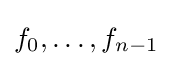
f_{0},\ldots ,f_{n-1}